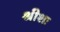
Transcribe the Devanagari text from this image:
श्रीशः